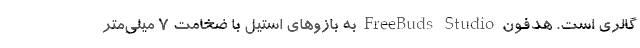
گالری است. هدفون FreeBuds Studio به بازوهای استیل با ضخامت ۷ میلی‌متر